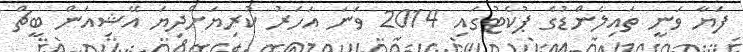
ފަޔާ ވަނީ ތައިލެންޑުގެ ޕުކެޓުގައި 2014 ވަނަ އަހަރު ކުރިޔަށްދިޔަ އޭޝިއަން ބީޗް